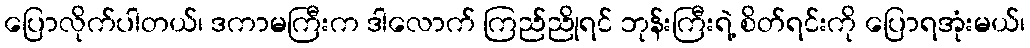
ပြောလိုက်ပါတယ်၊ ဒကာမကြီးက ဒါလောက် ကြည်ညိုရင် ဘုန်းကြီးရဲ့ စိတ်ရင်းကို ပြောရအုံးမယ်၊